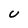
Character: U